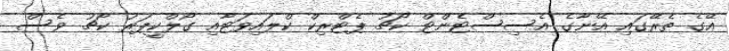
އޭގެ ތެރޭގައި އޭނާގެ އެސިސްޓެންޓް ކޯޗު ޕެޓްރިކް ކްލައިވަޓާއި ގޯލްކީޕަރު ކޯޗު ވެސް